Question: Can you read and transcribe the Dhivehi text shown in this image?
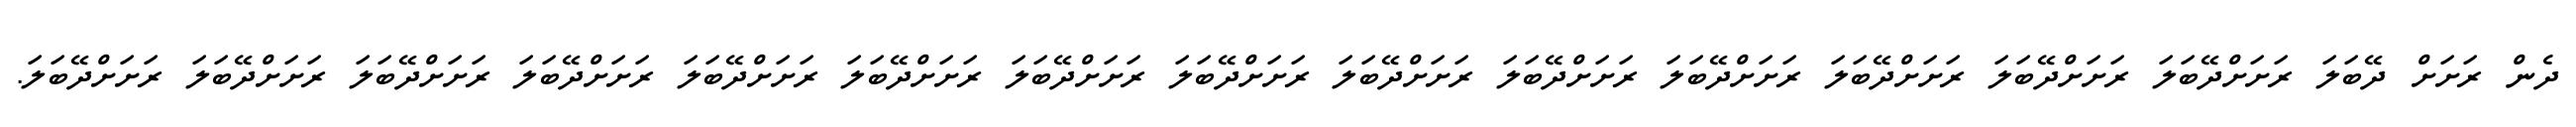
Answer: ދެން ރަށަށް ދޭބަލަ ރަށަށްދޭބަލަ ރަށަށްދޭބަލަ ރަށަށްދޭބަލަ ރަށަށްދޭބަލަ ރަށަށްދޭބަލަ ރަށަށްދޭބަލަ ރަށަށްދޭބަލަ ރަށަށްދޭބަލަ ރަށަށްދޭބަލަ ރަށަށްދޭބަލަ ރަށަށްދޭބަލަ ރަށަށްދޭބަލަ ރަށަށްދޭބަލަ ރަށަށްދޭބަލަ.